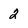
Character: 2